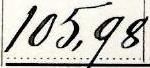
105,98